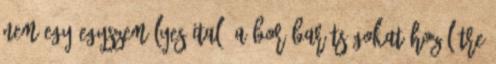
nem egy egyszemélyes ital, a bor barátságokat hoz létre